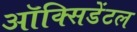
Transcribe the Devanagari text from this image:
ऑक्‍सिडेंटल